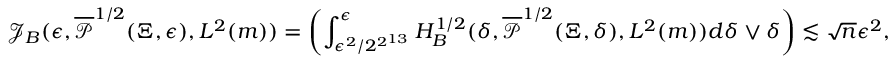
\mathcal { J } _ { B } ( \epsilon , \overline { { \ensuremath { \mathcal { P } } } } ^ { 1 / 2 } ( \Xi , \epsilon ) , L ^ { 2 } ( m ) ) = \left( \int _ { \epsilon ^ { 2 } / 2 ^ { 2 ^ { 1 3 } } } ^ { \epsilon } H _ { B } ^ { 1 / 2 } ( \delta , \overline { { \ensuremath { \mathcal { P } } } } ^ { 1 / 2 } ( \Xi , \delta ) , L ^ { 2 } ( m ) ) d \delta \vee \delta \right) \lesssim \sqrt { n } \epsilon ^ { 2 } ,